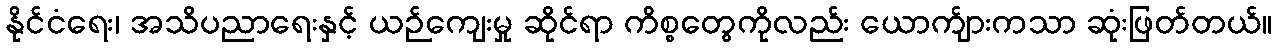
နိုင်ငံရေး၊ အသိပညာရေးနှင့် ယဉ်ကျေးမှု ဆိုင်ရာ ကိစ္စတွေကိုလည်း ယောက်ျားကသာ ဆုံးဖြတ်တယ်။